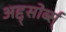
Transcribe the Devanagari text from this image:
अद्द्सोर्ब्स्